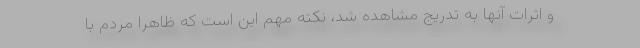
و اثرات آنها به تدریج مشاهده شد، نکته مهم این است که ظاهرا مردم با